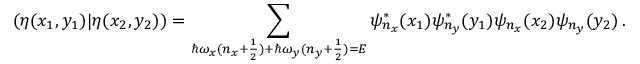
( \eta ( x _ { 1 } , y _ { 1 } ) \vert \eta ( x _ { 2 } , y _ { 2 } ) ) = \sum _ { \hbar \omega _ { x } ( n _ { x } + \frac { 1 } { 2 } ) + \hbar \omega _ { y } ( n _ { y } + \frac { 1 } { 2 } ) = E } \psi _ { n _ { x } } ^ { * } ( x _ { 1 } ) \psi _ { n _ { y } } ^ { * } ( y _ { 1 } ) \psi _ { n _ { x } } ( x _ { 2 } ) \psi _ { n _ { y } } ( y _ { 2 } ) \, .